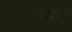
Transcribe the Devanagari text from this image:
गागैं